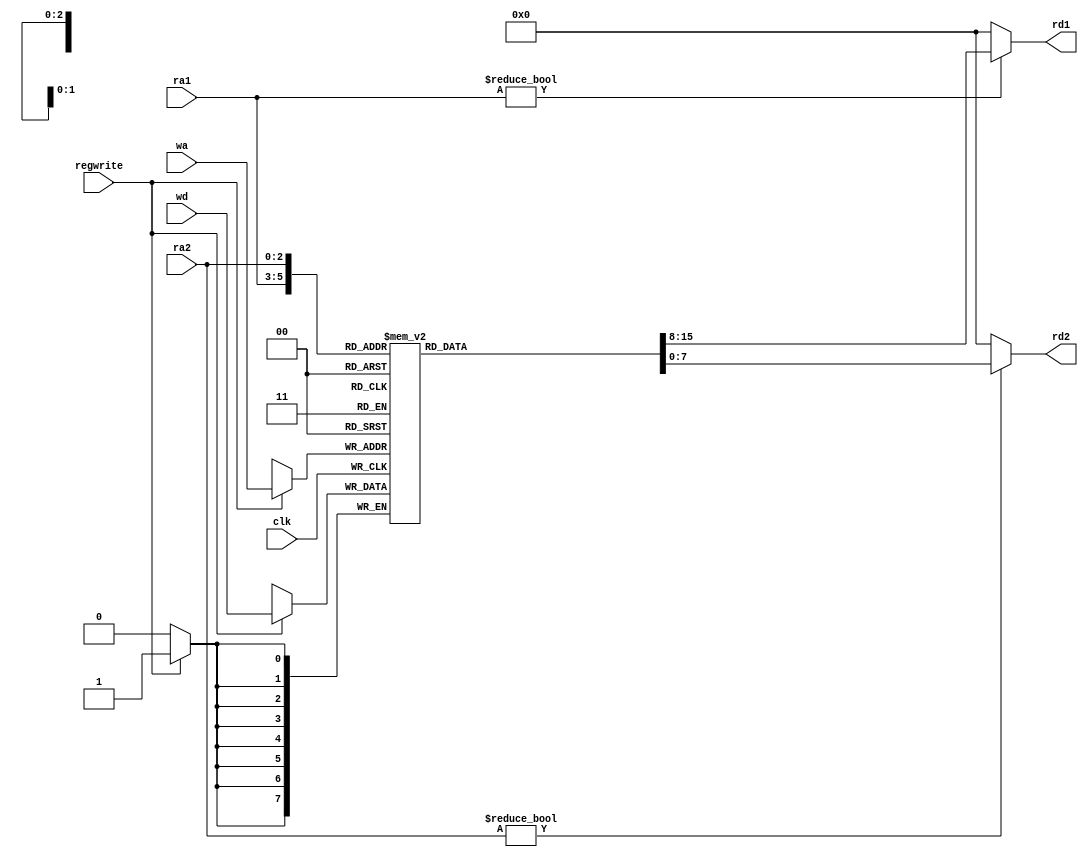
`timescale 1ns/10ps
module regfile (rd1, rd2, clk, regwrite, ra1, ra2, wa, wd) ;

// This reg file will only have registers $zero, $s0->$s7
// On a READ, takes in addresses on lines: ra1 and ra2
// Spits out data for those registers on lines: rd1 and rd2

// On a WRITE, regwrite must equal 1 (to signal a write)
// Takes in address of register to write to on line: wa
// Takes in data to write to register on line: wd
// Only performs a WRITE on posedge of clk


   input        clk ;
   input        regwrite ;  // signal to command regfile to 'write' to a reg
   input  [2:0] ra1 ;	    // 3-bit address of $s0 --> $s7 (source reg: RS)
   input  [2:0] ra2 ;	    // 3-bit address of $s0 --> $s7 (source reg: RT)
   input  [2:0] wa  ;  	    // 3-bit address of $s0 --> $s7 (destin reg: RD)

   input  [7:0] wd  ;	    // 8-bit data to write to RD
   output [7:0]  rd1, rd2 ; // 8-bit data to read from RS and RT

   // 2-dimensional register (8x8) -- holds actual registers $s0 through $s7
   reg  [7:0] REGS [7:0];


   // WRITE
   always @(posedge clk)
      if (regwrite) REGS[wa] <= wd;	

   // READ
   assign rd1 = ra1 ? REGS[ra1] : 0;   // looks up address ra1 in reg array
   assign rd2 = ra2 ? REGS[ra2] : 0;   // looks up address ra2 in reg array
   				       // note: register 0 hardwired to 0

endmodule